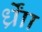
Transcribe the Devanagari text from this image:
र्ध्रााेंं